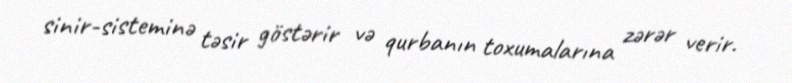
sinir-sisteminə təsir göstərir və qurbanın toxumalarına zərər verir.